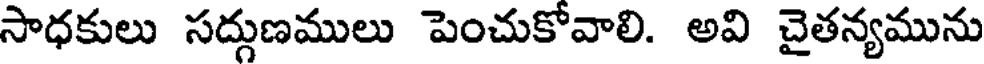
సాధకులు సద్దుణములు పెంచుకోవాలి. అవి చైతన్యమును